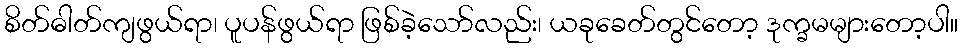
စိတ်ဓါတ်ကျဖွယ်ရာ၊ ပူပန်ဖွယ်ရာ ဖြစ်ခဲ့သော်လည်း၊ ယခုခေတ်တွင်တော့ ဒုက္ခမများတော့ပါ။